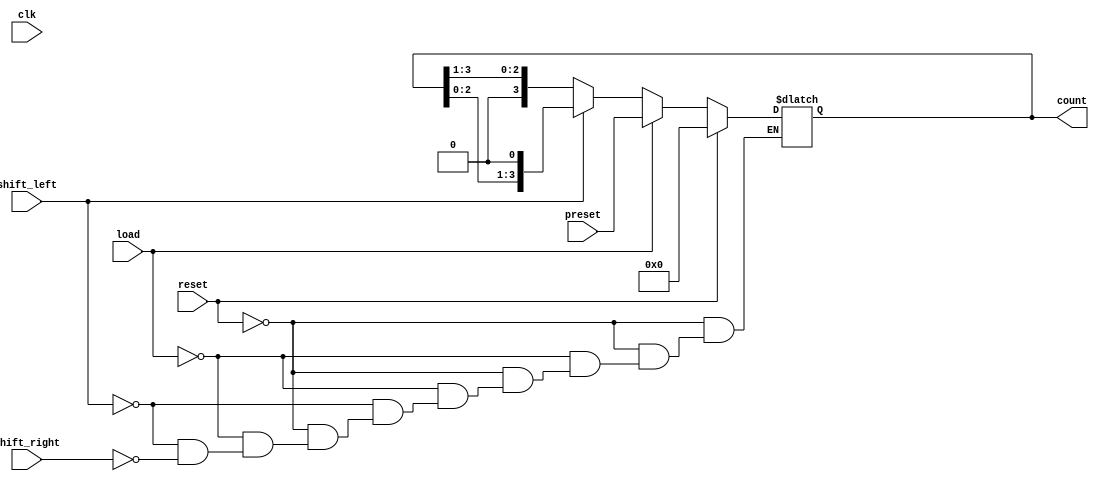
module async_shift_counter (
    input wire clk,          // Clock input
    input wire reset,        // Asynchronous reset
    input wire load,         // Load control signal
    input wire shift_left,   // Shift left control signal
    input wire shift_right,  // Shift right control signal
    input wire [3:0] preset, // Preset value for loading
    output reg [3:0] count   // 4-bit output count
);

    // Asynchronous reset
    always @(*) begin
        if (reset) begin
            count = 4'b0000; // Reset count to 0
        end else if (load) begin
            count = preset;   // Load preset value
        end else if (shift_left) begin
            count = {count[2:0], 1'b0}; // Shift left and introduce 0 at LSB
        end else if (shift_right) begin
            count = {1'b0, count[3:1]}; // Shift right and introduce 0 at MSB
        end
    end

    // Sequential logic to update count on clock edge
    always @(posedge clk) begin
        // The count is updated based on the combinational logic above
        // This block is effectively redundant since we are using combinational logic
        // for the count updates, but it is included for clarity.
        // The count will be updated based on the control signals.
    end

endmodule